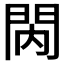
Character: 𨳙